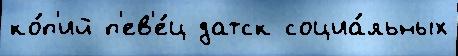
ко́п'ий п'ев'е́ц датск социа́льных